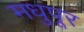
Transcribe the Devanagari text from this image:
मधुपूर